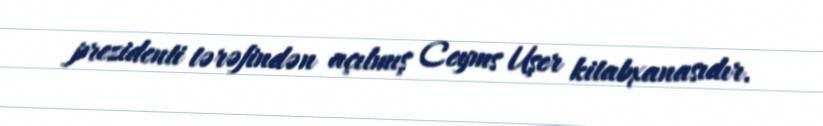
prezidenti tərəfindən açılmış Ceyms Uşer kitabxanasıdır.